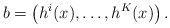
\begin{align*}b = \left(h^i(x), \dots, h^K(x)\right).\end{align*}